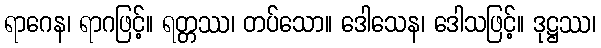
ရာဂေန၊ ရာဂဖြင့်။ ရတ္တဿ၊ တပ်သော။ ဒေါသေန၊ ဒေါသဖြင့်။ ဒုဋ္ဌဿ၊